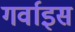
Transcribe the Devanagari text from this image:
गर्वाइस